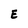
Character: E